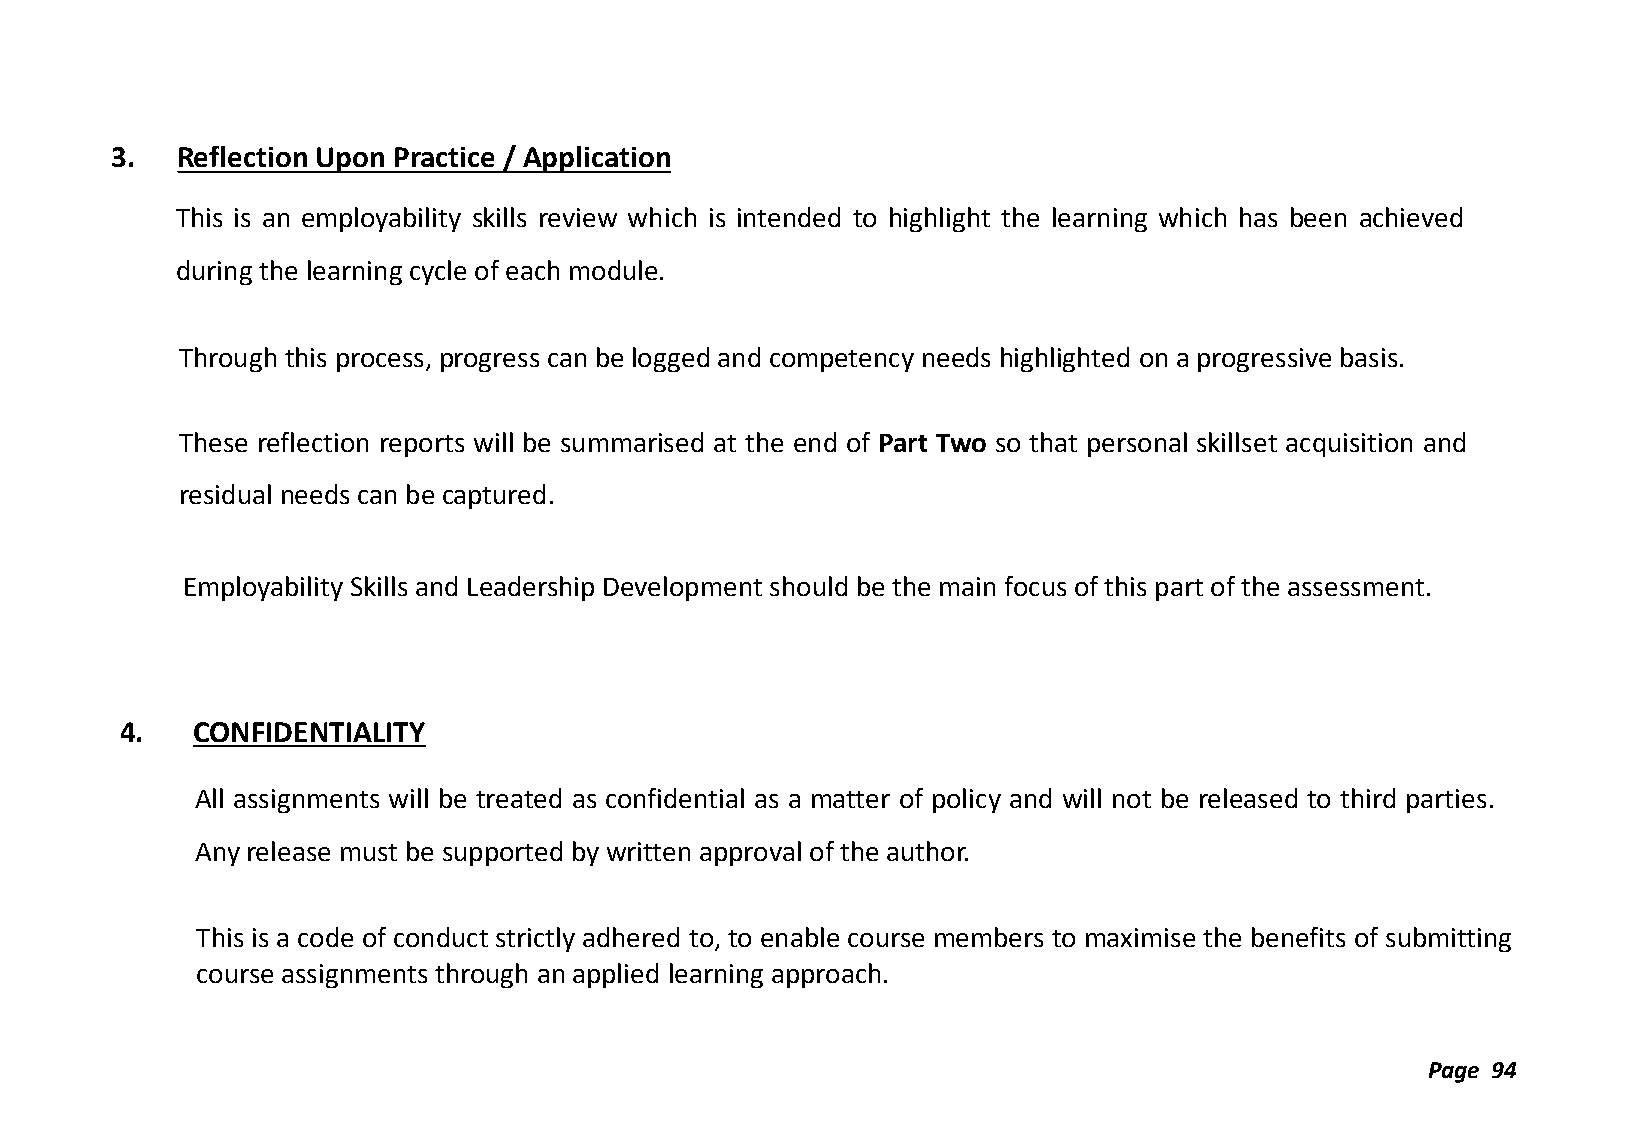
3.   Reflection Upon Practice / Application
 This is an employability skills review which is intended to highlight the learning which has been achieved
 during the learning cycle of each module.
 Through this process, progress can be logged and competency needs highlighted on a progressive basis.
 These reflection reports will be summarised at the end of Part Two so that personal skillset acquisition and
 residual needs can be captured.
 Employability Skills and Leadership Development should be the main focus of this part of the assessment.
 4.   CONFIDENTIALITY
 All assignments will be treated as confidential as a matter of policy and will not be released to third parties.
 Any release must be supported by written approval of the author.
 This is a code of conduct strictly adhered to, to enable course members to maximise the benefits of submitting
 course assignments through an applied learning approach.
 Page 94